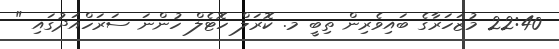
22:40 މުޒަހަރާގެ ބައިވެރިން ތިބީ މ. ކޮރަލް ހޮޓެލް ހުންނަ ސަރަހްއަދުގައި "